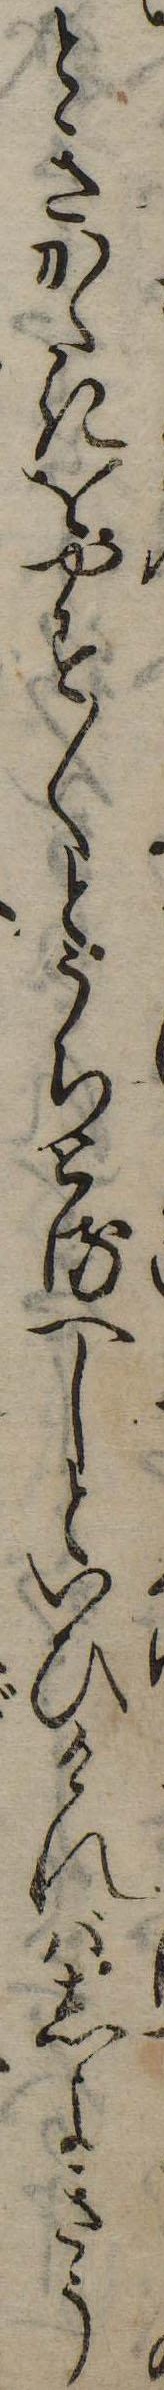
ときかたきをやす〱とうちとるへしといひければしよきう